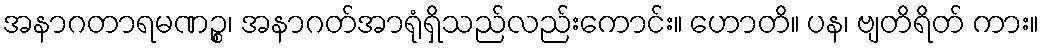
အနာဂတာရမဏဉ္စ၊ အနာဂတ်အာရုံရှိသည်လည်းကောင်း။ ဟောတိ။ ပန၊ ဗျတိရိတ် ကား။